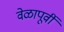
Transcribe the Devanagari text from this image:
वेळापूर्वी